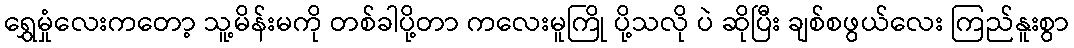
ရွှေမှုံလေးကတော့ သူ့မိန်းမကို တစ်ခါပို့တာ ကလေးမူကြို ပို့သလို ပဲ ဆိုပြီး ချစ်စဖွယ်လေး ကြည်နူးစွာ